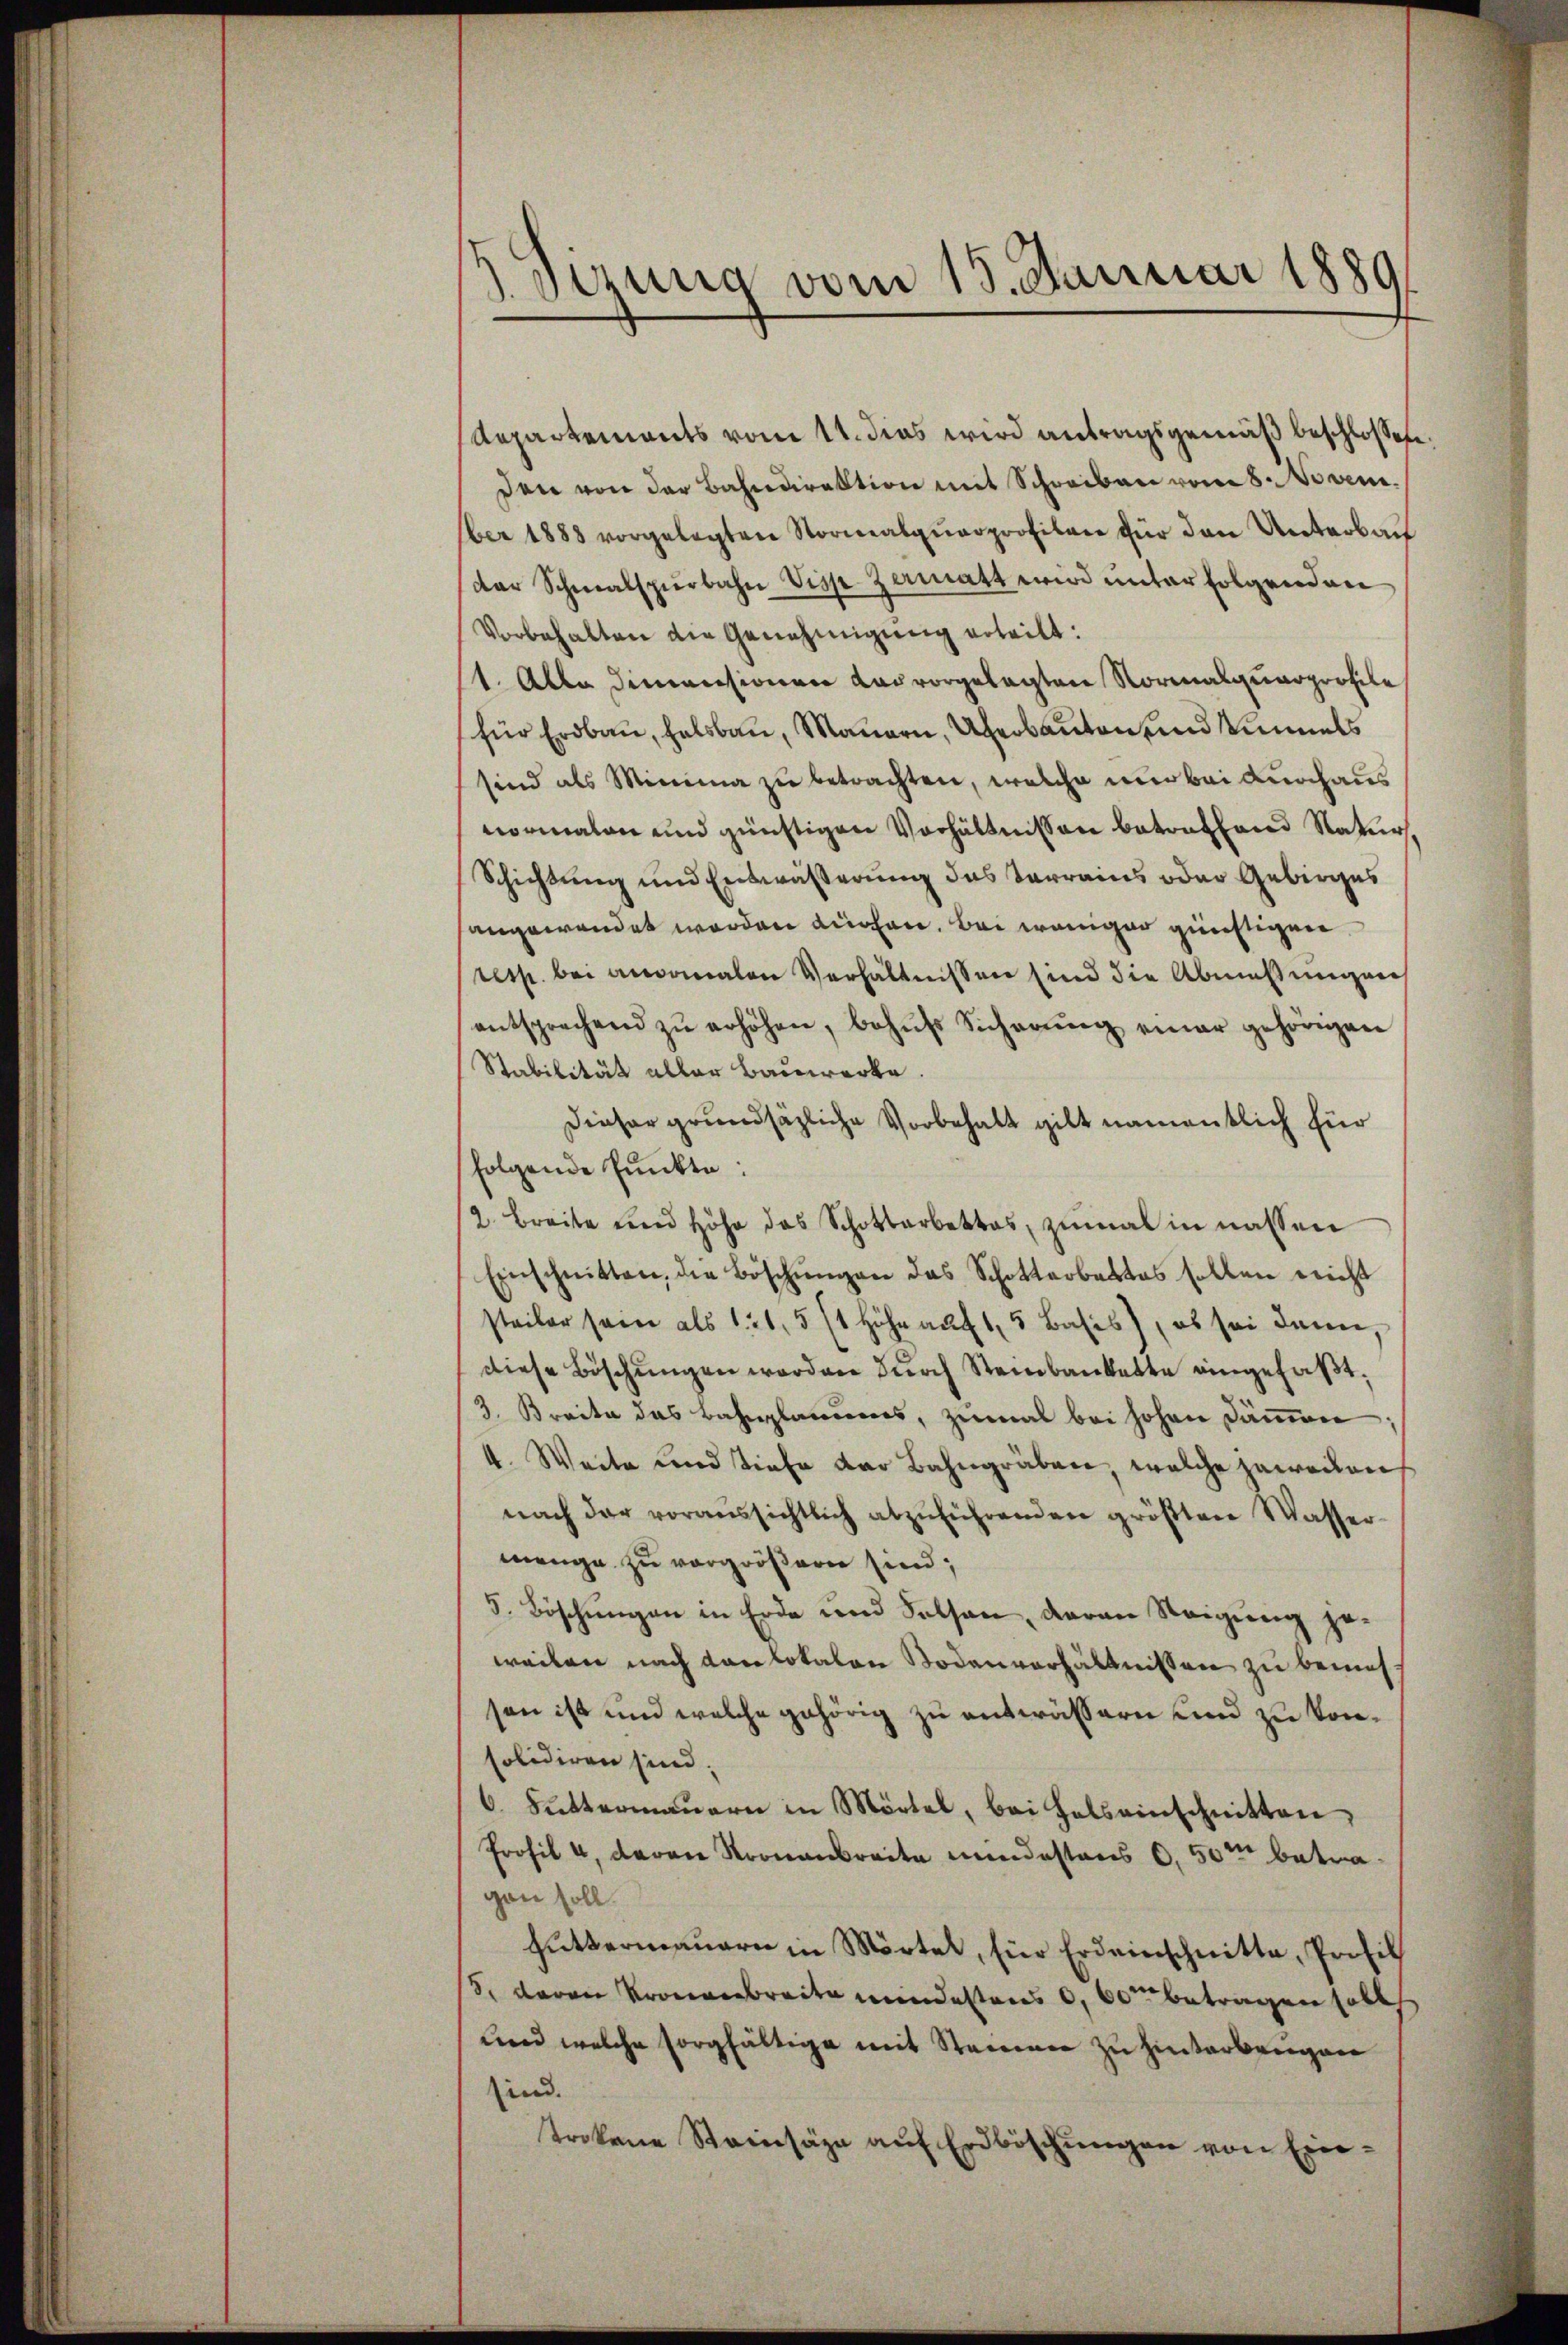
d. Dezung vom 15. Januar 1889

Repartements vom 11. dies wird antragsgemäß beschlossen:
den von der Bahndirektion mit Schreiben vom 8. Novem
ber 1888 vorgelegten Stormalqŭarprofilan für den Unterbau
der Schmalspürbahn Visp Zamatt wird ŭnter folgenden
Vorbehalten die Genehmigung erteilt:
1. Alle Dimensionen das vorgelegten Normalquarprofile
für Erdbau, halsbau, Mauern, Überbauten und einmals
sind als Minima zu betrachten, welche nur bei Durchaus
normalen und günstigen Verhältnissen betreffend Natur
Schichtung und Entwässerung das Verrains oder Gebirges
angewendet worden Küchen, bei weniger günstigen
resp. bei ansonalen Verhältnissen sind die Abmaßungen
entsprechend zŭ erhöhen, behŭfs Sicherŭng einer gehörigen
Stabilität aller Bauwerke.
Dieser grundsätzliche Vorbehalt gilt namentlich für
folgende Punkte:
2. Breite und Höhe das Schottarbettes, zŭmal in nassen
Einschnitten, die Böschŭngen das Schotterbettes sollen nicht
steiler sein als 121, 5 (1 Höhe auf 15 Basis), es sei dann,
diese Böschungen worden durch Steinbankette eingefaßt.
3. Breite des Bahnplaniers, zumal bei hohen Dämmen
4. Weite und tiefe der Bahngräben, welche geweilen
nach der voraussichtlich abzŭführenden größten Wasser-
menge zu vergrößern sind;
5. Böschungen in Erde und Selsen, daran Steigung geweilen nach Kaulokalon Bodenverhältnissen zu bemesson ist und welche gehörig zu entwässern und zu vonsolidiren sind;
6. Buttermaṅern in Mörtel, bei Hals einschnitten
r 4, den Krone mindestens 0,50m betragen soll.
hŭttermauern in Mörtel, für Erdeinschnitte, Profil
S. davon Kronenbreite mindestens 0, 60 betragen sollt
und welche sorgfältige mit Steinen zu hinterbeigen
sind.
trokene Steinsäze auf Erdböschungen von Ein¬